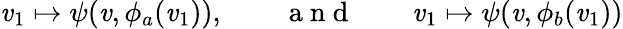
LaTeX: \mathit{v}_{1}\mapsto\psi(\mathit{v},\phi_{a}(\mathit{v}_{1})),\qquad\mathrm{{~a~n~d~}}\qquad\mathit{v}_{1}\mapsto\psi(\mathit{v},\phi_{b}(\mathit{v}_{1}))